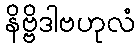
နိဗ္ဗိဒါဗဟုလံ